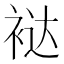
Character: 𰳻